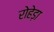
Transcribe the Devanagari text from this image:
रोहेड़ा